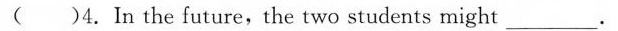
()4.In the future,the two students might ___.